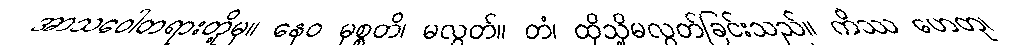
အာသဝေါတရားတို့မှ။ နေဝ မုစ္စတိ၊ မလွတ်။ တံ၊ ထိုသို့မလွတ်ခြင်းသည်။ ကိဿ ဟေတု၊